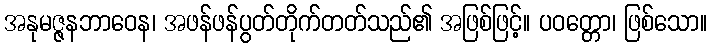
အနုမဇ္ဇနဘာဝေန၊ အဖန်ဖန်ပွတ်တိုက်တတ်သည်၏ အဖြစ်ဖြင့်။ ပဝတ္တော၊ ဖြစ်သော။